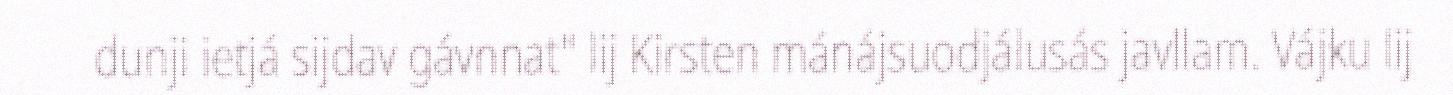
dunji ietjá sijdav gávnnat" lij Kirsten mánájsuodjálusás javllam. Vájku lij